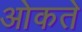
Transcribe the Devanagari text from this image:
ओकते